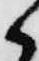
候